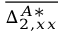
\overline { { \Delta _ { 2 , x x } ^ { A * } } }